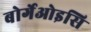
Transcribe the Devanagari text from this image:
बोर्गेओइसि